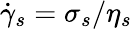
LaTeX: \dot{\gamma}_{s}=\sigma_{s}/\eta_{s}